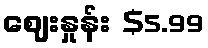
ဈေးနှုန်း $5.99